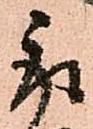
取